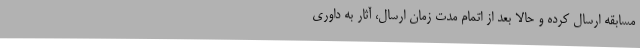
مسابقه ارسال کرده و حالا بعد از اتمام مدت زمان ارسال، آثار به داوری